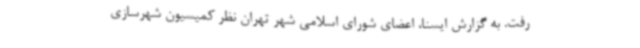
رفت. به گزارش ایسنا، اعضای شورای اسلامی شهر تهران نظر کمیسیون شهرسازی